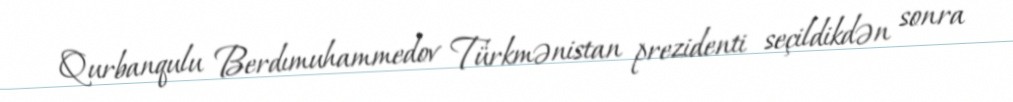
Qurbanqulu Berdımuhammedov Türkmənistan prezidenti seçildikdən sonra